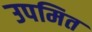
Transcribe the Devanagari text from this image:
उपमित